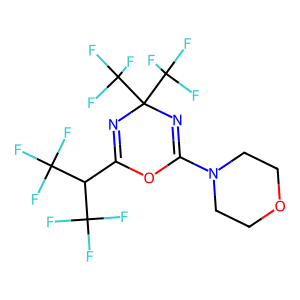
SMILES: FC(F)(F)C(C1=NC(C(F)(F)F)(C(F)(F)F)N=C(N2CCOCC2)O1)C(F)(F)F
Inhibits HIV replication: No